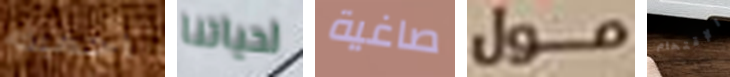
احميك لحياتنا صاغية مول الإقتحام